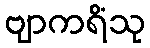
ဗျာကရိံသု